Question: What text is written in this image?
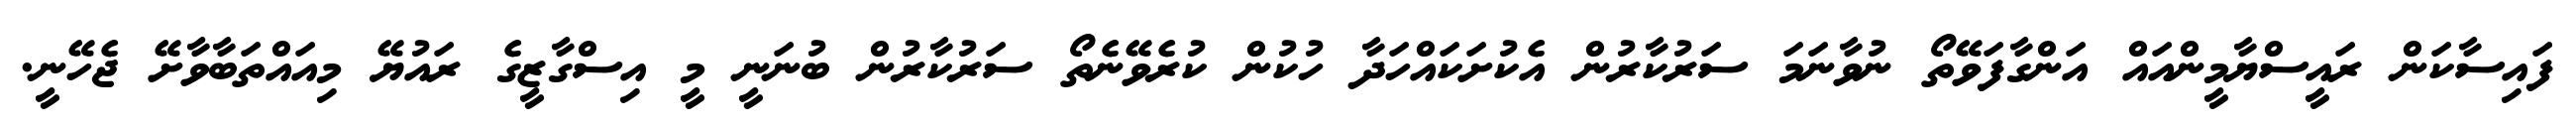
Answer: ފައިސާކަން ރައީސްޔާމީންއައް އަންގާފަވޭތޯ ނުވާނަމަ ސަރުކާރުން އެކުށަކައްހަދާ ހުކުން ކުރެވޭނެތޯ ސަރުކާރުން ބުނަނީ މީ އިސްގާޒީގެ ރައުޔޭ މިއައްތަބާވާށޭ ޖެހޭނީ.